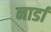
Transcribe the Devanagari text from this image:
नार्डा